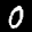
Label: 0